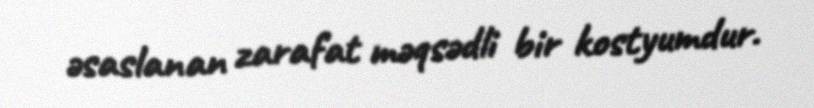
əsaslanan zarafat məqsədli bir kostyumdur.